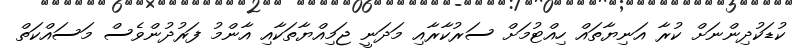
ކުޑަކުދިންނަށް ކުރާ އަނިޔާތައް ހިއްޓުމަށް ސަރުކާރާއި މަދަނީ ޖަމިއްޔާތަކާއި އާންމު ފަރުދުންވެސް މަސައްކަތް